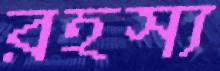
রহস্য